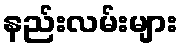
နည်းလမ်းများ